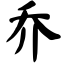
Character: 乔